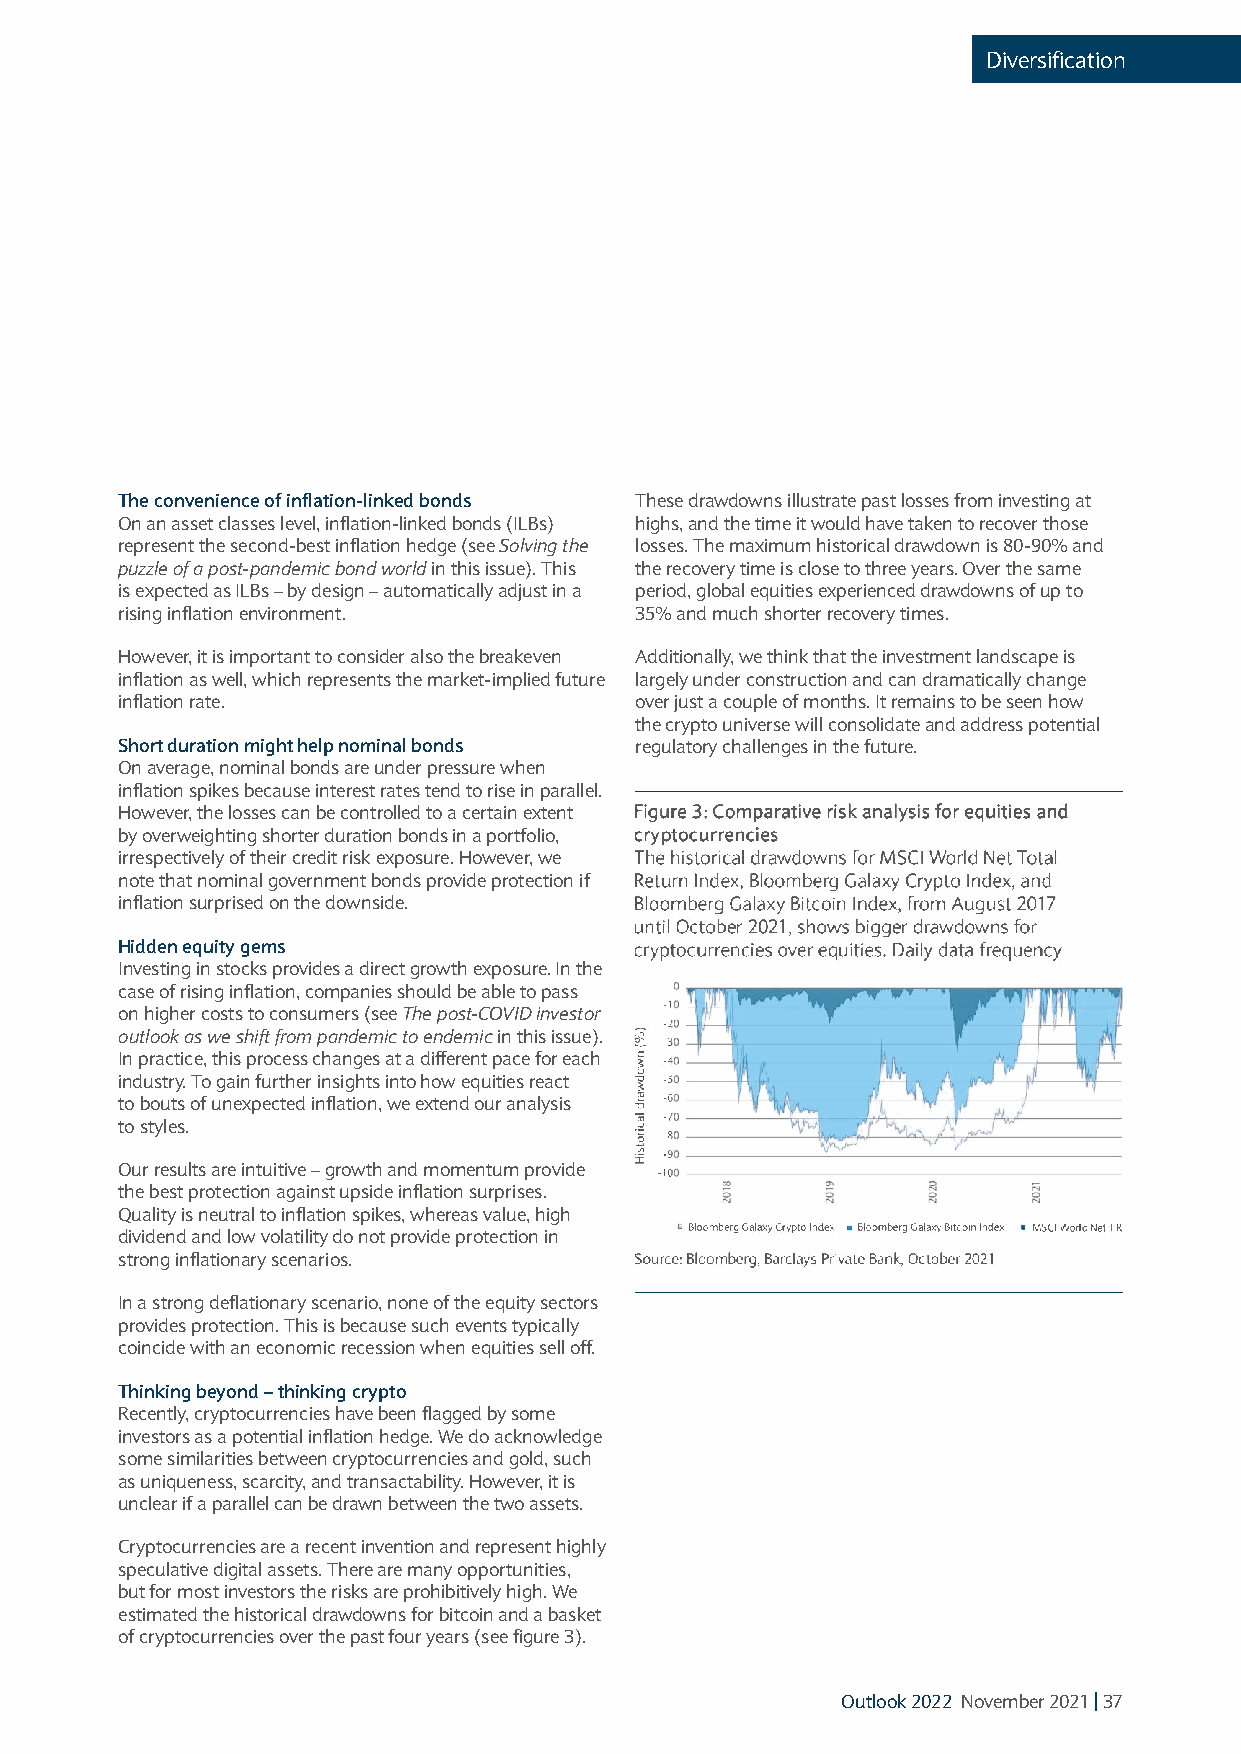
Diversification
 The convenience of inflation-linked bonds These drawdowns illustrate past losses from investing at
 On an asset classes level, inflation-linked bonds (ILBs) highs, and the time it would have taken to recover those
 represent the second-best inflation hedge (see Solving the losses. The maximum historical drawdown is 80-90% and
 puzzle of a post-pandemic bond world in this issue). This the recovery time is close to three years. Over the same
 is expected as ILBs – by design – automatically adjust in a period, global equities experienced drawdowns of up to
 rising inflation environment.     35% and much shorter recovery times.
 However, it is important to consider also the breakeven Additionally, we think that the investment landscape is
 inflation as well, which represents the market-implied future largely under construction and can dramatically change
 inflation rate.                   over just a couple of months. It remains to be seen how
 the crypto universe will consolidate and address potential
 Short duration might help nominal bonds regulatory challenges in the future.
 On average, nominal bonds are under pressure when
 inflation spikes because interest rates tend to rise in parallel.
 However, the losses can be controlled to a certain extent
 by overweighting shorter duration bonds in a portfolio,
 irrespectively of their credit risk exposure. However, we
 note that nominal government bonds provide protection if
 inflation surprised on thedownside.
 Hidden equity gems
 Investing in stocks provides a direct growth exposure. In the
 case of rising inflation, companies should be able to pass
 on higher costs to consumers (see The post-COVID investor
 outlook as we shift from pandemic to endemic in this issue).
 In practice, this process changes at a different pace for each
 industry. To gain further insights into how equities react
 to bouts of unexpected inflation, we extend our analysis
 tostyles.
 Our results are intuitive – growth and momentum provide
 the best protection against upside inflation surprises.
 Quality is neutral to inflation spikes, whereas value, high
 dividend and low volatility do not provide protection in
 strong inflationary scenarios.
 In a strong deflationary scenario, none of the equity sectors
 provides protection. This is because such events typically
 coincide with an economic recession when equities selloff.
 Thinking beyond – thinking crypto
 Recently, cryptocurrencies have been flagged by some
 investors as a potential inflation hedge. We do acknowledge
 some similarities between cryptocurrencies and gold, such
 as uniqueness, scarcity, and transactability. However, it is
 unclear if a parallel can be drawn between the two assets.
 Cryptocurrencies are a recent invention and represent highly
 speculative digital assets. There are many opportunities,
 but for most investors the risks are prohibitively high. We
 estimated the historical drawdowns for bitcoin and a basket
 of cryptocurrencies over the past four years (see figure 3).
 Outlook 2022 November 2021| 37